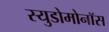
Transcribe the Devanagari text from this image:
स्युडोमोनॉस